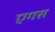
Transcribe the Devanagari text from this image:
एगस